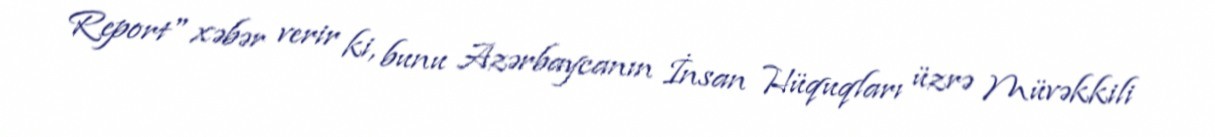
Report" xəbər verir ki, bunu Azərbaycanın İnsan Hüquqları üzrə Müvəkkili